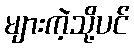
များကဲ့သို့ပင်